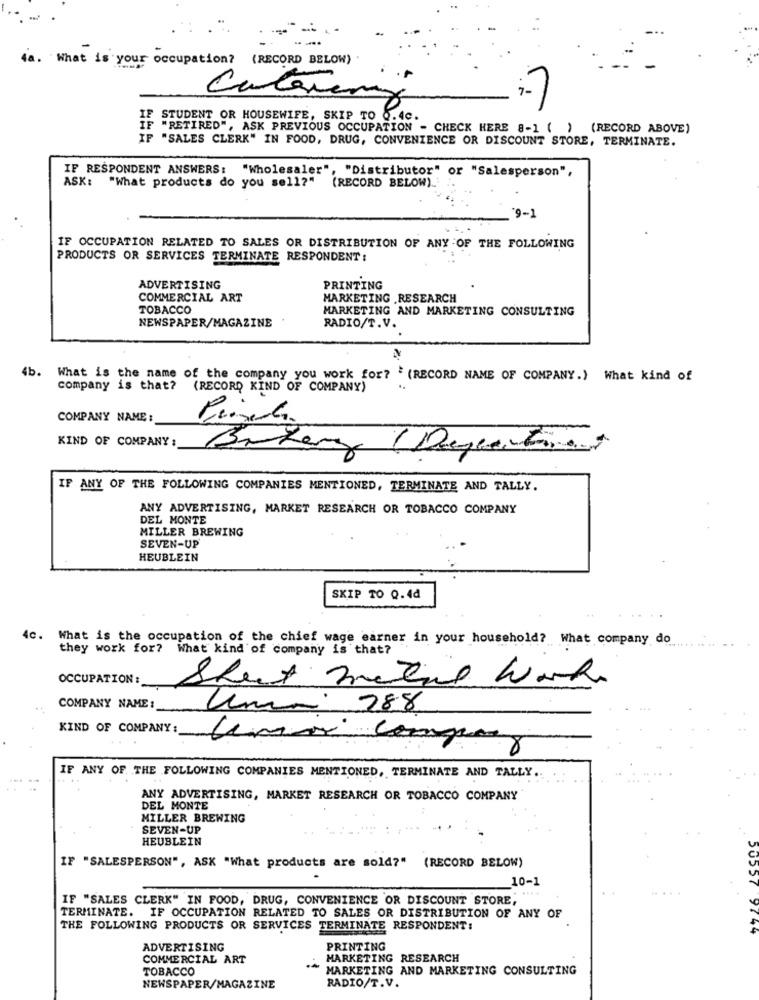
.. .
4a. What is your occupation? (RECORD BELOW)
Catarina
IF STUDENT OR HOUSEWIFE, SKIP TO 0.4c.
IF "RETIRED", ASK PREVIOUS OCCUPATION - CHECK HERE 8-1 ( ) (RECORD ABOVE)
IF "SALES CLERK" IN FOOD, DRUG, CONVENIENCE OR DISCOUNT STORE, TERMINATE.
IF RESPONDENT ANSWERS: "Wholesaler", "Distributor" or "Salesperson",
ASK: "What products do you sell?" (RECORD BELOW).
"9-1
IF OCCUPATION RELATED TO SALES OR DISTRIBUTION OF ANY OF THE FOLLOWING
PRODUCTS OR SERVICES TERMINATE RESPONDENT :
ADVERTISING
PRINTING
COMMERCIAL ART
MARKETING RESEARCH
TOBACCO
MARKETING AND MARKETING CONSULTING
NEWSPAPER/MAGAZINE
RADIO/T.V.
. .
4b.
What is the name of the company you work for? " (RECORD NAME OF COMPANY.) What kind of
company is that?
(RECORD KIND OF COMPANY)
COMPANY NAME :
KIND OF COMPANY:
Bakery
IF ANY OF THE FOLLOWING COMPANIES MENTIONED, TERMINATE AND TALLY.
ANY ADVERTISING, MARKET RESEARCH OR TOBACCO COMPANY
DEL MONTE
MILLER BREWING
SEVEN-UP
HEUBLEIN
SKIP TO Q.4d
4c. What is the occupation of the chief wage earner in your household? What company do
they work for? What kind of company is that?
OCCUPATION :
Sheet metal Work
COMPANY NAME :
Uma 288
KIND OF COMPANY :
Unix company
IF ANY OF THE FOLLOWING COMPANIES MENTIONED, TERMINATE AND TALLY ..
ANY ADVERTISING, MARKET RESEARCH OR TOBACCO COMPANY
DEL MONTE
MILLER BREWING
SEVEN-UP
HEUBLEIN
IF "SALESPERSON", ASK "What products are sold?" (RECORD BELOW)
10-1
. ....
IF "SALES CLERK" IN FOOD, DRUG, CONVENIENCE OR DISCOUNT STORE,
TERMINATE. IF OCCUPATION RELATED TO SALES OR DISTRIBUTION OF ANY OF
THE FOLLOWING PRODUCTS OR SERVICES TERMINATE RESPONDENT:
ADVERTISING
PRINTING
COMMERCIAL ART
MARKETING RESEARCH
TOBACCO
MARKETING AND MARKETING CONSULTING
NEWSPAPER/MAGAZINE
RADIO/T.V.